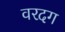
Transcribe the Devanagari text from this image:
वरदग